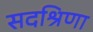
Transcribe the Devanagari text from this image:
सदश्रिणा